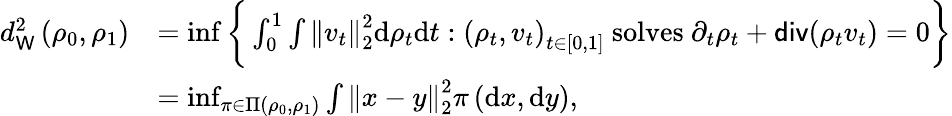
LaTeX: \begin{array}{rl}{d_{\mathsf{W}}^{2}\left(\rho_{0},\rho_{1}\right)}&{=\operatorname*{inf}\bigg\{ \int_{0}^{1}\int\left\Vert v_{t}\right\Vert_{2}^{2}\mathrm{d}\rho_{t}\mathrm{d}t:\left(\rho_{t},v_{t}\right)_{t\in[0,1]}\mathrm{~solves~}\partial_{t}\rho_{t}+\mathsf{div}(\rho_{t}v_{t})=0\bigg\} }\\ &{=\operatorname*{inf}_{\pi\in\Pi(\rho_{0},\rho_{1})}\int\left\Vert x-y\right\Vert_{2}^{2}\pi\left(\mathrm{d}x,\mathrm{d}y\right),}\end{array}